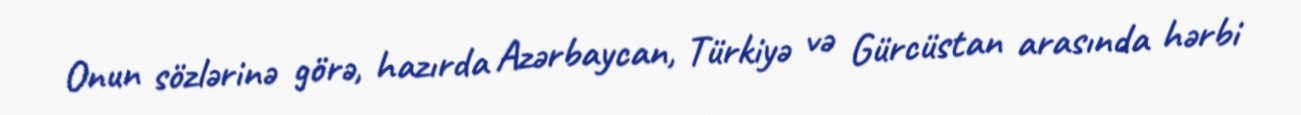
Onun sözlərinə görə, hazırda Azərbaycan, Türkiyə və Gürcüstan arasında hərbi